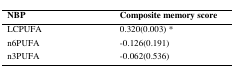
| NBP | Composite memory score |
 | --- | --- |
 | LCPUFA | 0.320(0.003) * |
 | n6PUFA | -0.126(0.191) |
 | n3PUFA | -0.062(0.536) |